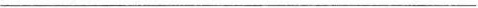
___